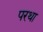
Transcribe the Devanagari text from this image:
परथा